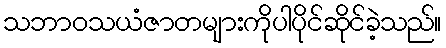
သဘာဝသယံဇာတများကိုပါပိုင်ဆိုင်ခဲ့သည်။